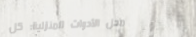
محل الأدوات المنزلية: كل